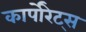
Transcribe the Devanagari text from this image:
कार्पोरेट्स